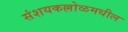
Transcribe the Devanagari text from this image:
संशयकल्लोळमधील